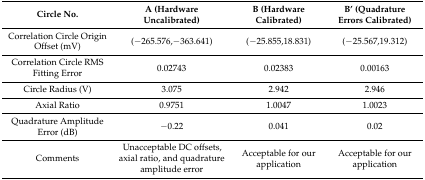
<table><thead><tr><td><b>Circle No.</b></td><td><b>A (Hardware Uncalibrated)</b></td><td><b>B (Hardware Calibrated)</b></td><td><b>B’ (Quadrature Errors Calibrated)</b></td></tr></thead><tbody><tr><td>Correlation Circle Origin Offset (mV)</td><td>(−265.576,−363.641)</td><td>(−25.855,18.831)</td><td>(−25.567,19.312)</td></tr><tr><td>Correlation Circle RMS Fitting Error</td><td>0.02743</td><td>0.02383</td><td>0.00163</td></tr><tr><td>Circle Radius (V)</td><td>3.075</td><td>2.942</td><td>2.946</td></tr><tr><td>Axial Ratio</td><td>0.9751</td><td>1.0047</td><td>1.0023</td></tr><tr><td>Quadrature Amplitude Error (dB)</td><td>−0.22</td><td>0.041</td><td>0.02</td></tr><tr><td>Comments</td><td>Unacceptable DC offsets, axial ratio, and quadrature amplitude error</td><td>Acceptable for our application</td><td>Acceptable for our application</td></tr></tbody></table>